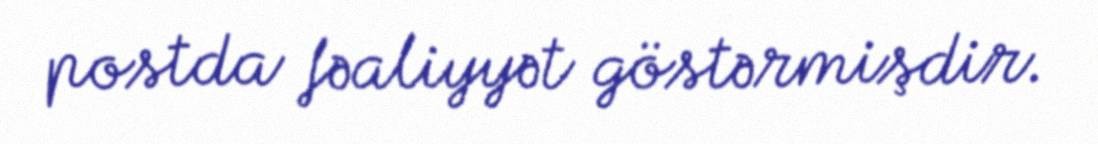
postda fəaliyyət göstərmişdir.